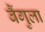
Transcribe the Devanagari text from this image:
बैंगुला